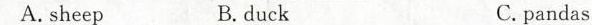
A.sheep B.duck C.pandas